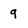
Character: 9